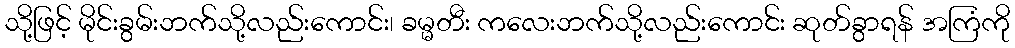
သို့ဖြင့် မိုင်းခွမ်းဘက်သို့လည်းကောင်း၊ ခမ္မတီး ကလေးဘက်သို့လည်းကောင်း ဆုတ်ခွာရန် အကြံကို